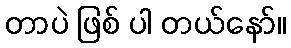
တာပဲ ဖြစ် ပါ တယ်နော်။